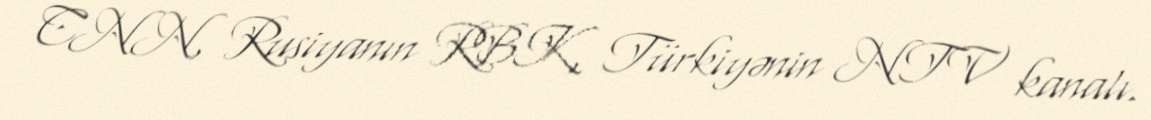
CNN, Rusiyanın RBK, Türkiyənin NTV kanalı.